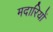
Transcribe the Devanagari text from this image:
मदारियों